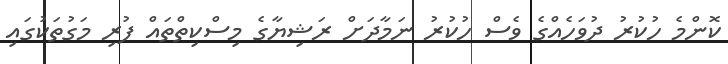
ކޮންމެ ހުކުރު ދުވަހެއްގެ ވެސް ހުކުރު ނަމާދަށް ރަޝިޔާގެ މިސްކިތްތައް ފުރި މަގުތަކުގައި